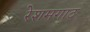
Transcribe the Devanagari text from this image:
रेशमगाठ